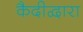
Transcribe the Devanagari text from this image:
कैदीद्वारा